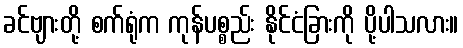
ခင်ဗျားတို့ စက်ရုံက ကုန်ပစ္စည်း နိုင်ငံခြားကို ပို့ပါသလား။